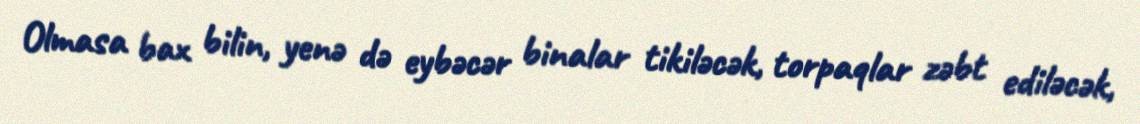
Olmasa bax bilin, yenə də eybəcər binalar tikiləcək, torpaqlar zəbt ediləcək,